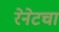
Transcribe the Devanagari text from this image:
रेनेटचा